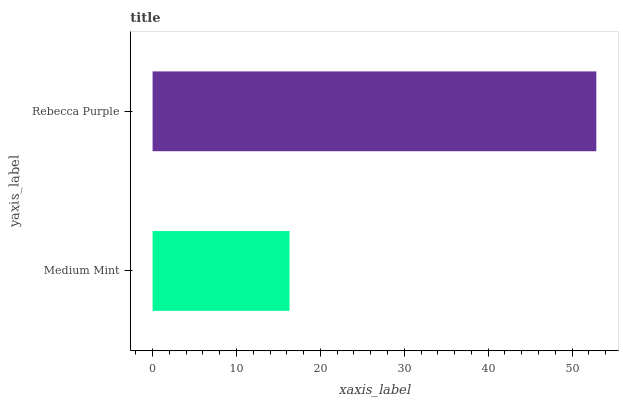
| yaxis_label | bars |
 | --- | --- |
 | Medium Mint | 16.3 |
 | Rebecca Purple | 52.9 |